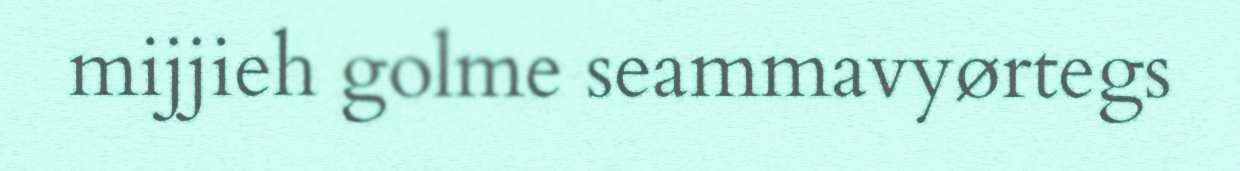
mijjieh golme seammavyørtegs